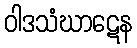
ဝါဒသံဃာဋေန